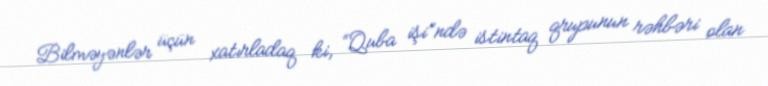
Bilməyənlər üçün xatırladaq ki, “Quba işi”ndə istintaq qrupunun rəhbəri olan